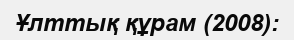
Ұлттық құрам (2008):